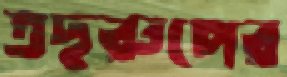
তছরুপের